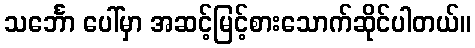
သင်္ဘော ပေါ်မှာ အဆင့်မြင့်စားသောက်ဆိုင်ပါတယ်။